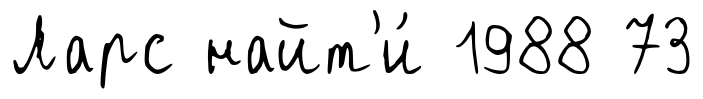
Ларс найт'и́ 1988 73